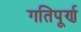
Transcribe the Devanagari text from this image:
गतिपूर्ण